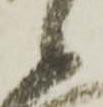
候